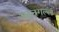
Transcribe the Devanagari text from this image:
अहुनगल्ल